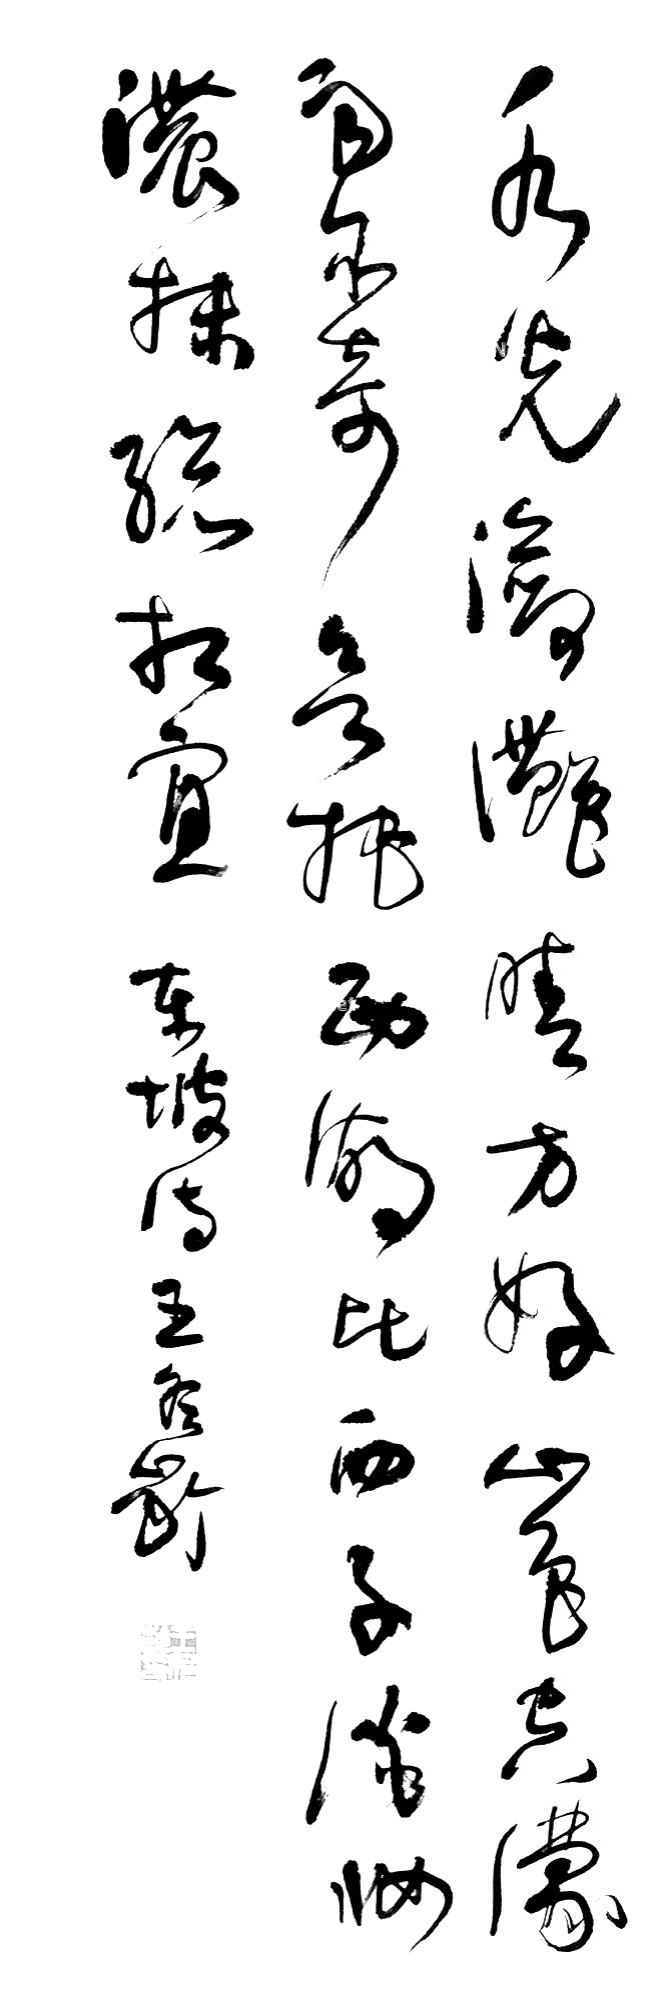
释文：水光潋滟晴方好，山色空蒙雨亦奇。欲把西湖比西子，淡妆浓抹总相宜。东坡诗，王冬龄。